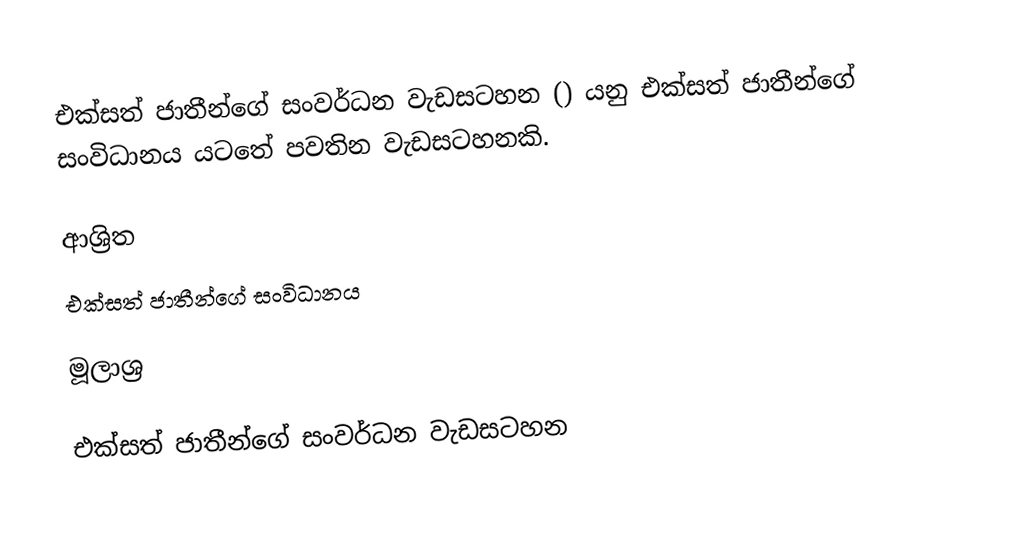
එක්සත් ජාතීන්ගේ සංවර්ධන වැඩසටහන () යනු එක්සත් ජාතීන්ගේ සංවිධානය යටතේ පවතින වැඩසටහනකි.

ආශ්‍රිත
 එක්සත් ජාතීන්ගේ සංවිධානය

මූලාශ්‍ර

එක්සත් ජාතීන්ගේ සංවර්ධන වැඩසටහන